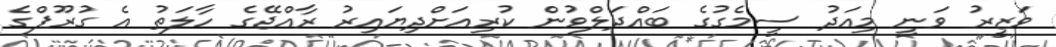
ވަޒީރު ވަނީ މިއަދު ސީމެގުގެ ބައްދަލްވުން ކުރިއަށްދިޔައިރު ރާއްޖޭގެ ހާލަތު އެ ގުރޫޕްގެ